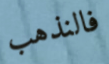
فالنذهب